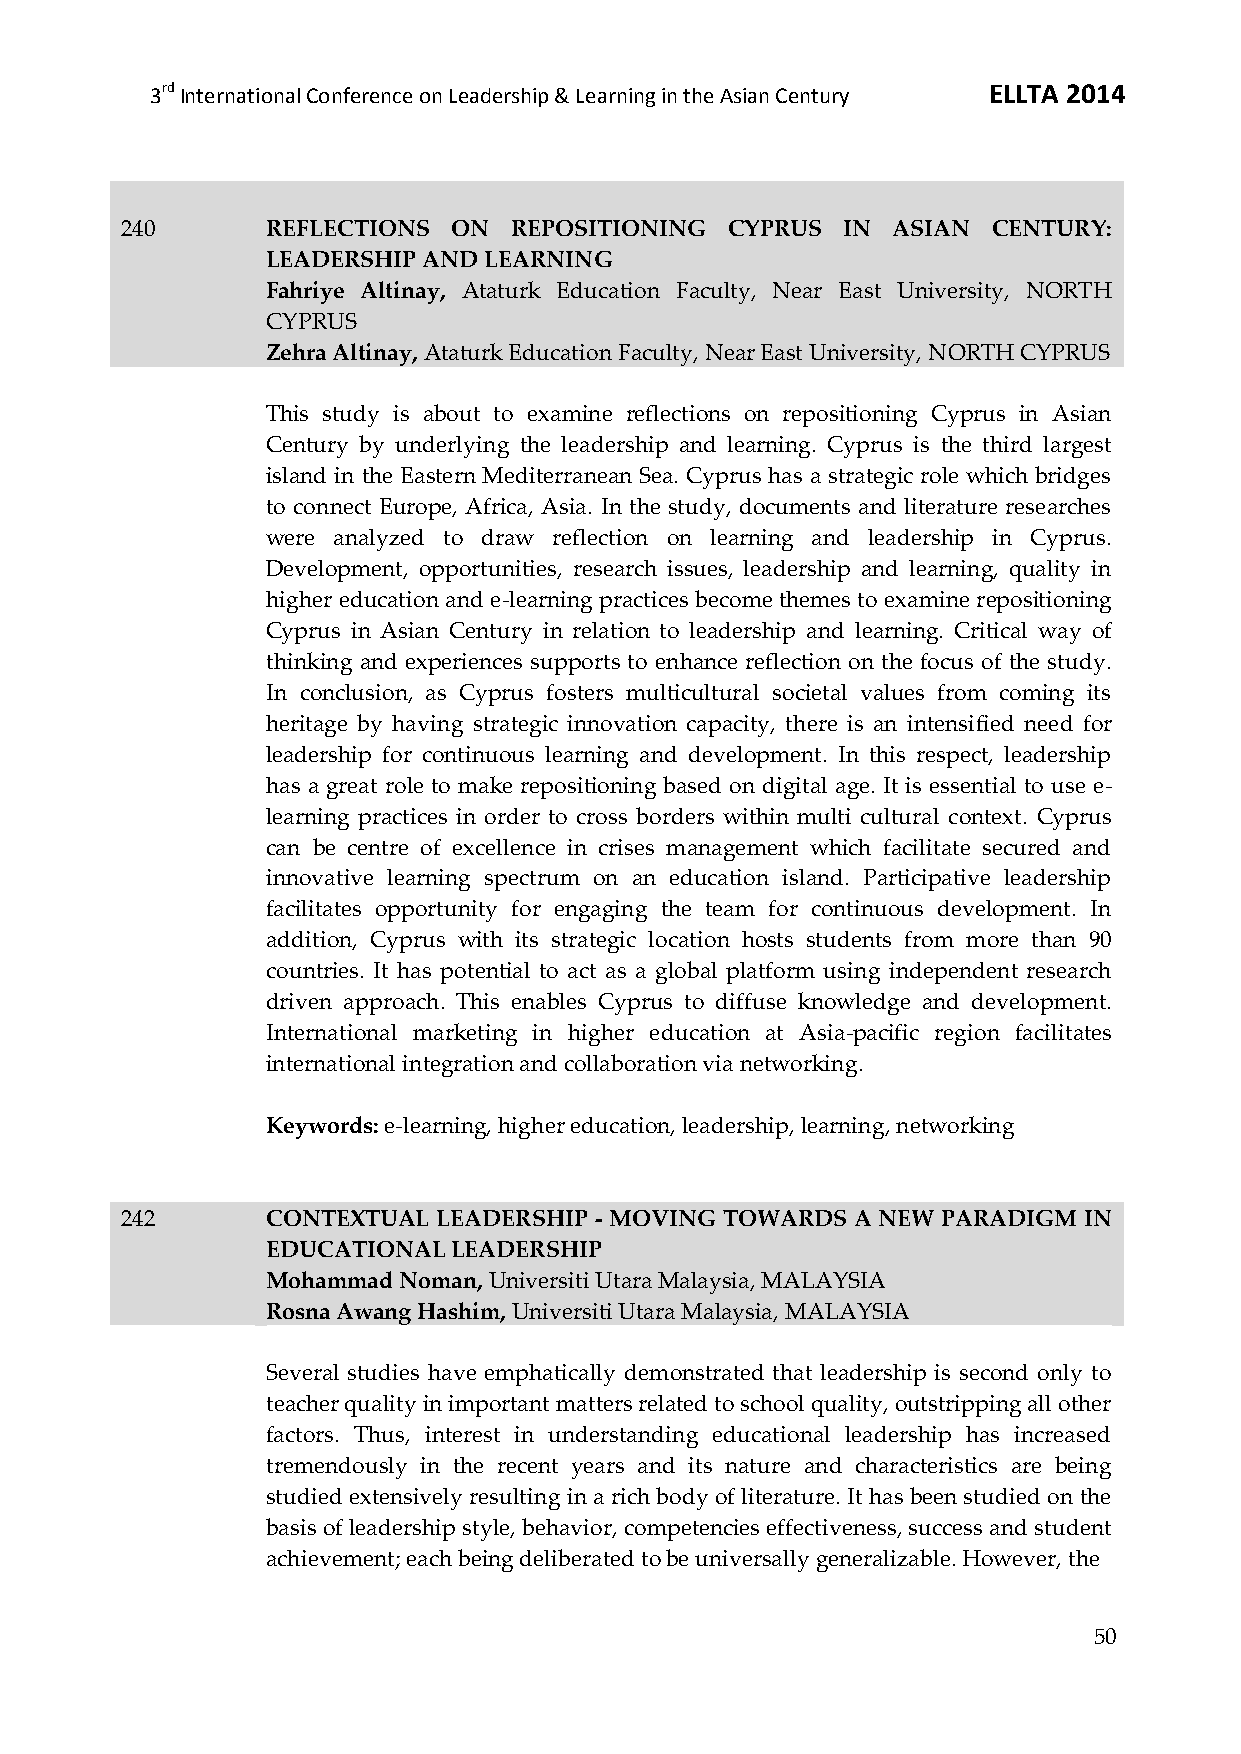
3rd International Conference on Leadership & Learning in the Asian Century ELLTA 2014
 240       REFLECTIONS ON  REPOSITIONING CYPRUS  IN ASIAN  CENTURY:
 LEADERSHIP AND LEARNING
 Fahriye Altinay, Ataturk Education Faculty, Near East University, NORTH
 CYPRUS
 Zehra Altinay, Ataturk Education Faculty, Near East University, NORTH CYPRUS
 This study is about to examine reflections on repositioning Cyprus in Asian
 Century by underlying the leadership and learning. Cyprus is the third largest
 island in the Eastern Mediterranean Sea. Cyprus has a strategic role which bridges
 to connect Europe, Africa, Asia. In the study, documents and literature researches
 were analyzed to draw reflection on learning and leadership in Cyprus.
 Development, opportunities, research issues, leadership and learning, quality in
 higher education and e-learning practices become themes to examine repositioning
 Cyprus in Asian Century in relation to leadership and learning. Critical way of
 thinking and experiences supports to enhance reflection on the focus of the study.
 In conclusion, as Cyprus fosters multicultural societal values from coming its
 heritage by having strategic innovation capacity, there is an intensified need for
 leadership for continuous learning and development. In this respect, leadership
 has a great role to make repositioning based on digital age. It is essential to use e-
 learning practices in order to cross borders within multi cultural context. Cyprus
 can be centre of excellence in crises management which facilitate secured and
 innovative learning spectrum on an education island. Participative leadership
 facilitates opportunity for engaging the team for continuous development. In
 addition, Cyprus with its strategic location hosts students from more than 90
 countries. It has potential to act as a global platform using independent research
 driven approach. This enables Cyprus to diffuse knowledge and development.
 International marketing in higher education at Asia-pacific region facilitates
 international integration and collaboration via networking.
 Keywords: e-learning, higher education, leadership, learning, networking
 242       CONTEXTUAL LEADERSHIP - MOVING TOWARDS A NEW PARADIGM IN
 EDUCATIONAL LEADERSHIP
 Mohammad Noman, Universiti Utara Malaysia, MALAYSIA
 Rosna Awang Hashim, Universiti Utara Malaysia, MALAYSIA
 Several studies have emphatically demonstrated that leadership is second only to
 teacher quality in important matters related to school quality, outstripping all other
 factors. Thus, interest in understanding educational leadership has increased
 tremendously in the recent years and its nature and characteristics are being
 studied extensively resulting in a rich body of literature. It has been studied on the
 basis of leadership style, behavior, competencies effectiveness, success and student
 achievement; each being deliberated to be universally generalizable. However, the
 50